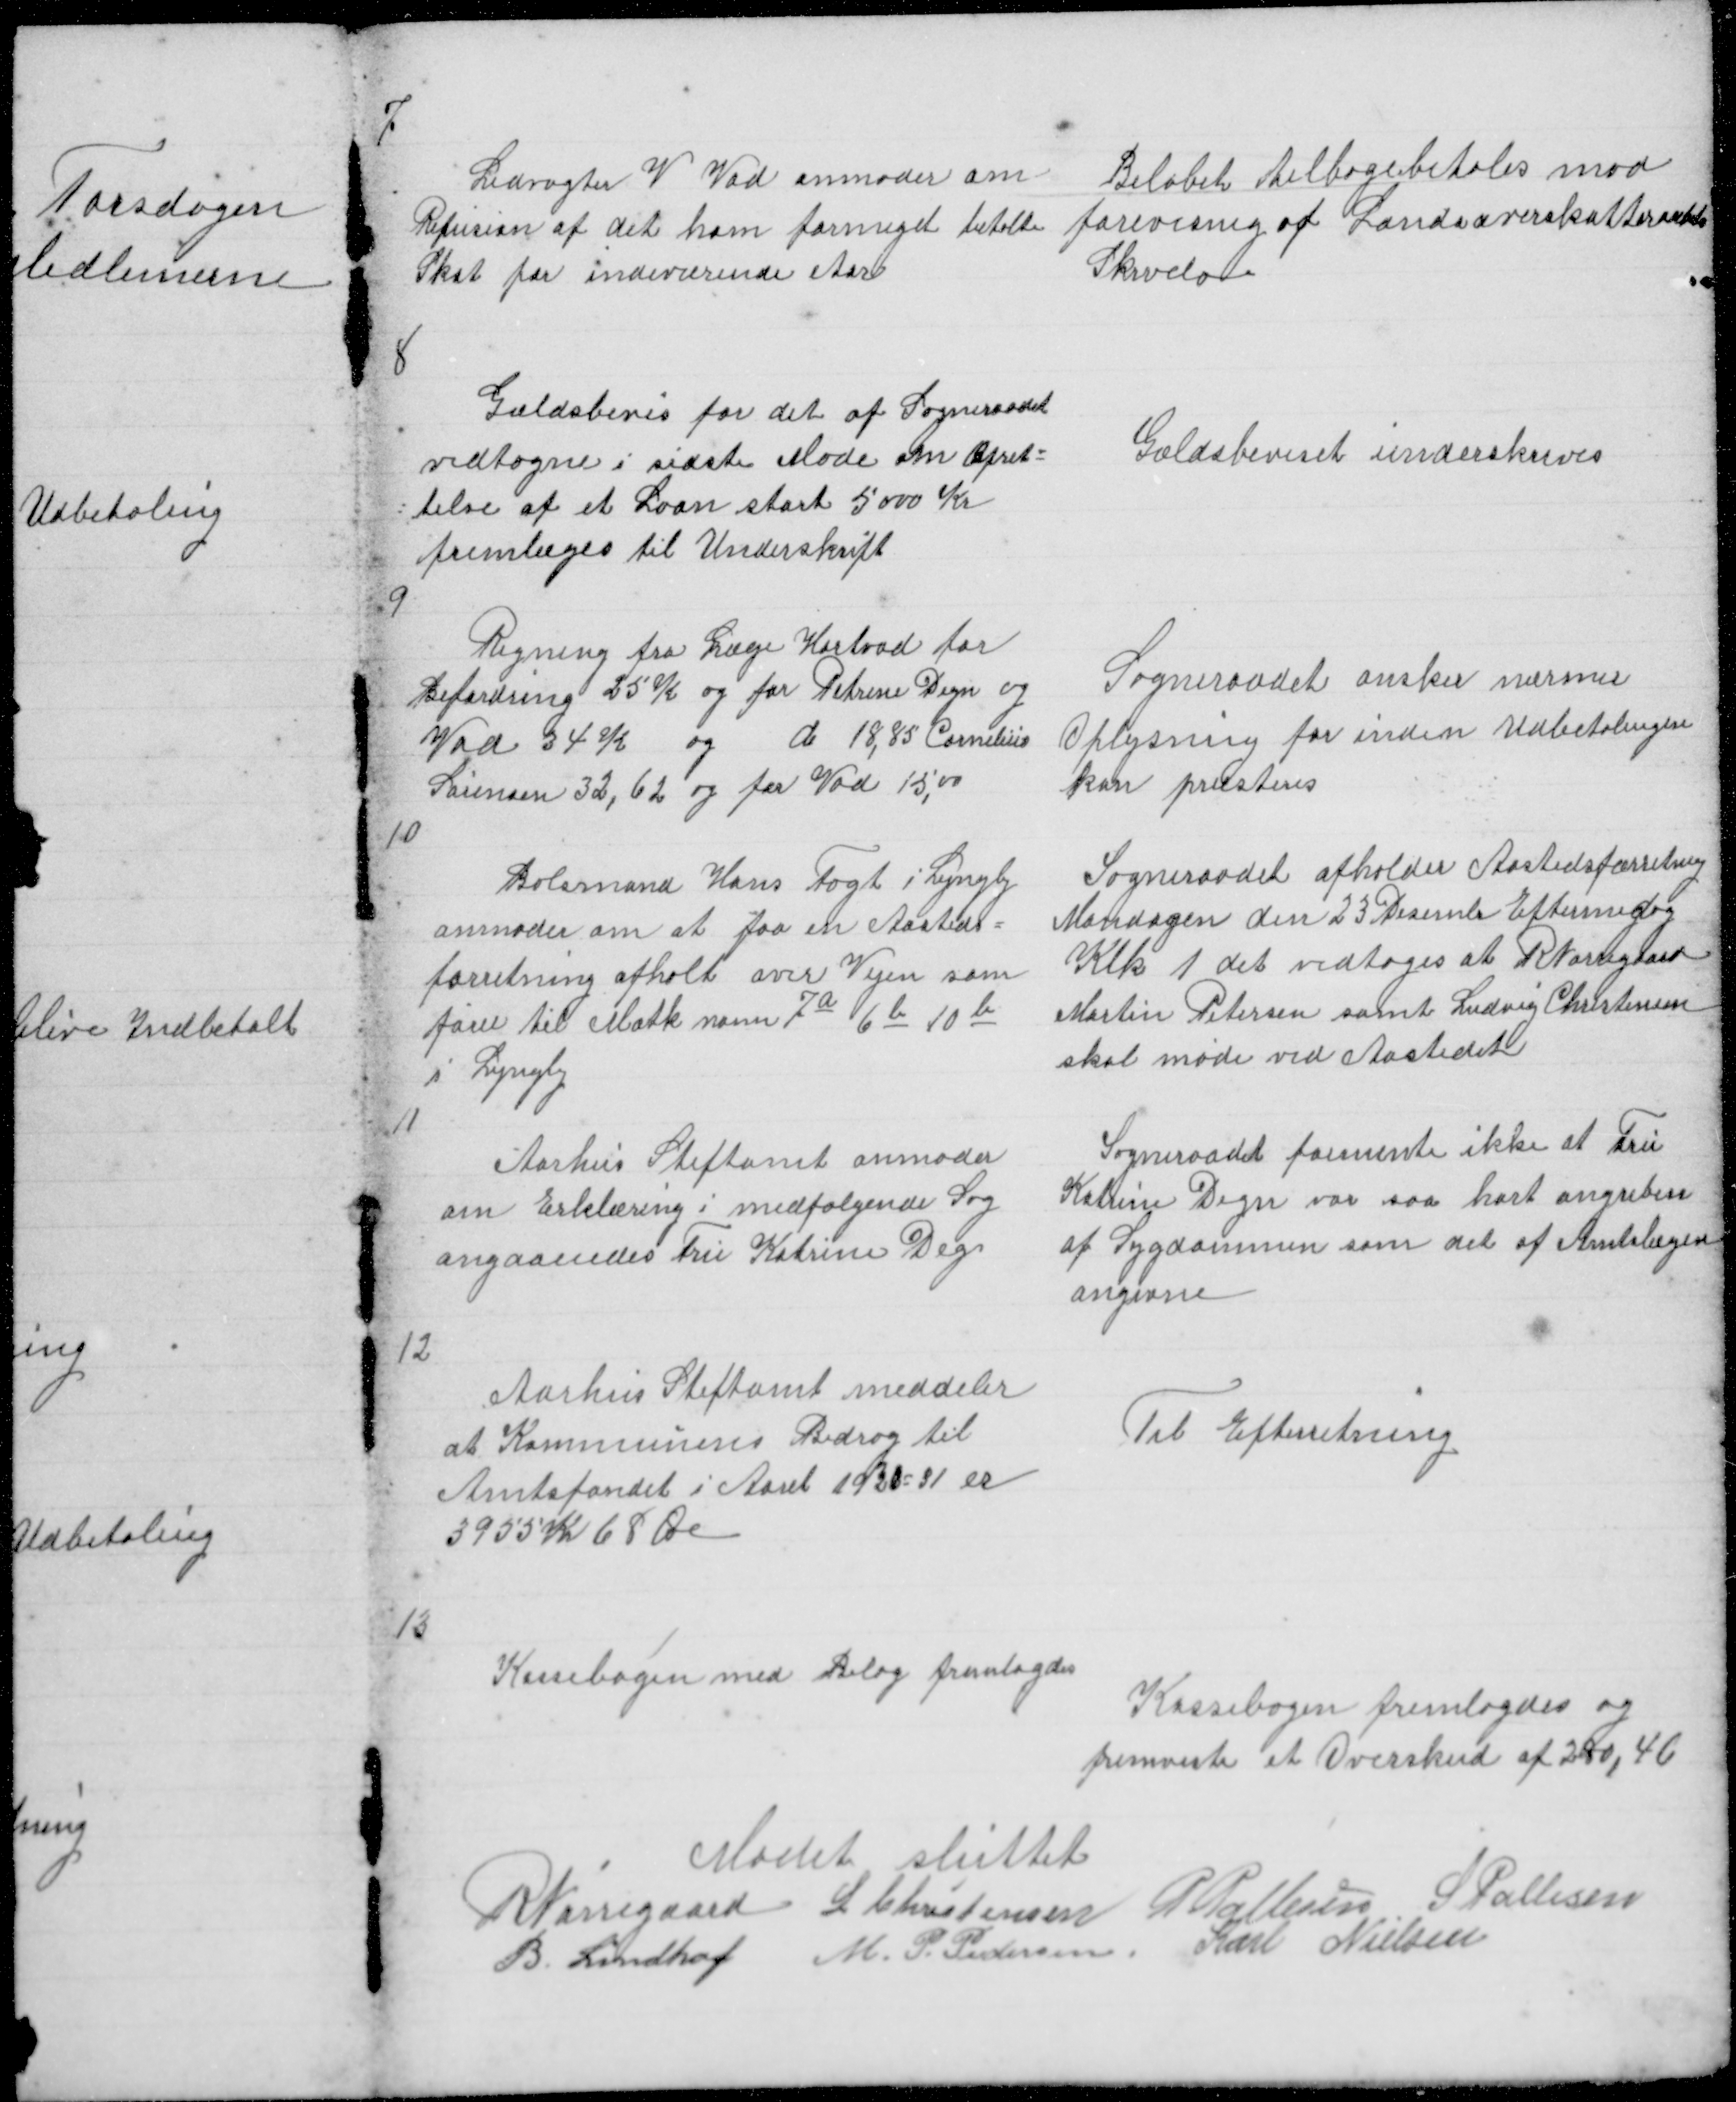
Transskription:
7

Ledvogter V Vad anmoder om
Refusion af det ham formeget betalte
Skat for indeværende Aar

Beløbet tilbagebetales mod
forevisning af Landsoverskatteraadets
Skrivelse

8

Gældsbevis for det af Sogneraadet
vedtagne i sidste Møde om Opret =
= telse af et Laan stort 5000 Kr
fremlæges til Underskrift

Gældsbeviset underskreves

9
Regning fra Læge Hortvad for
Befordring 25 k og for Petrine Degn og
Vad 34 K og d 18,85 Conelius
Sørensen 32,62 og for Vad 15,00

Sogneraadet ønsker nærmer
Oplysning for inden Udbetalingen
kan præsteres

10

Bolsmand Hans Fogt i Lyngby
anmoder om at faa en Aasteds =
forretning afholt over Vejen som
fører til Matk nonn 7a 6b 10b
i Lyngby
11

Sogneraadet afholder Aastedsforretning
Mandagen den 23 Desemb Eftermidag
Klk 1 det vedtoges at R Nørregaard
Martin Petersen samt Ludvig Christensen
skal møde ved Aastedet

Aarhus Stiftamt anmoder
om Erklæring i medfølgende Sag
angaaendes Fru Katrine Degn

Sogneraadet formente ikke at Fru
Katrine Degn var saa hart angreben
af Sygdommen som det af Amtslægen
angivne

12

Aarhus Stiftamt meddeler
at Kommunens Bidrag til
Amtsfondet i Aaret 1930 - 31 er
3955 Kr 68 Øre

Til Efterretning

13

Kassebogen med Bilag fremlagdes

Kassebogen fremlagdes og
fremviste et Overskud af 280,46

Mødet sluttet
R Nørregaard L Christensen P Pallesen S Pallesen
B Lindhof M. P. Pedersen Karl Nielsen